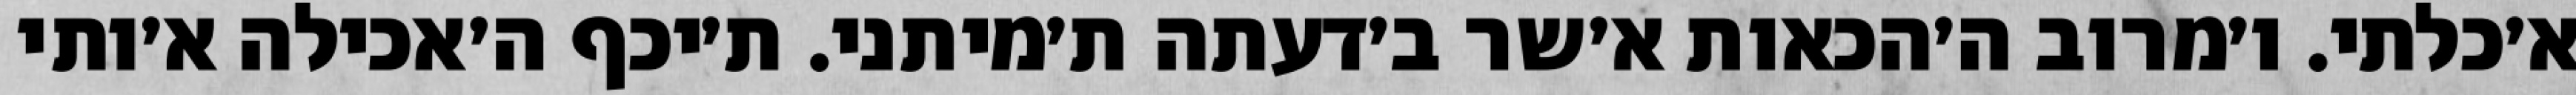
א׳כלתי. ו׳מרוב ה׳הכאות א׳שר ב׳דעתה ת׳מיתני. ת׳יכף ה׳אכילה א׳ותי